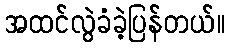
အထင်လွဲခံခဲ့ပြန်တယ်။